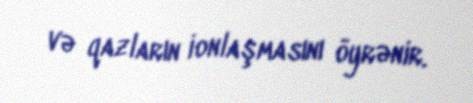
və qazların ionlaşmasını öyrənir.